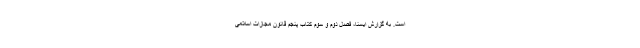
است. به گزارش ایسنا، فصل دوم و سوم کتاب پنجم قانون مجازات اسلامی